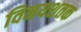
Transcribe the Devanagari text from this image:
विनयशतक